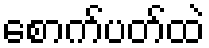
စောက်ပတ်ထဲ